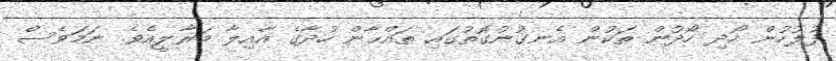
ފުލުހުން ހޯދި ހޯދުން ތަކުން އެނގުނުގޮތުގައި ތައްޙާން ހުދާގެ އާއިލާ މަރާލީއެވެ. ނަމަވެސް